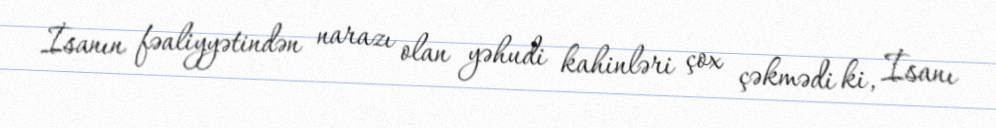
İsanın fəaliyyətindən narazı olan yəhudi kahinləri çox çəkmədi ki, İsanı